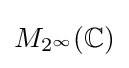
{M_{2^{\infty }}(\mathbb {C} )}